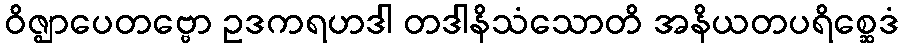
ဝိဇ္ဈာပေတဗ္ဗော ဥဒကရဟဒါ တဒါနိသံသောတိ အနိယတပရိစ္ဆေဒံ